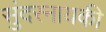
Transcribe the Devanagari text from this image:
सुंदरनायकी